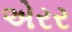
એરર